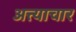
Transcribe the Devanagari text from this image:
अत्त्याचार